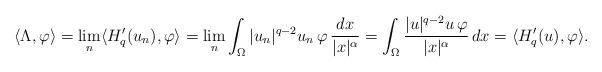
LaTeX: \begin{align*}\langle \Lambda, \varphi\rangle =\lim_n\langle H'_q(u_n), \varphi\rangle=\lim_n\int_\Omega |u_n|^{q-2}u_n\, \varphi\, \frac{dx}{|x|^{\alpha}}=\int_\Omega\frac{|u|^{q-2}u\, \varphi}{|x|^{\alpha}}\, dx=\langle H'_q(u), \varphi\rangle.\end{align*}